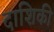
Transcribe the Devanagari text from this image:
दाशिकी